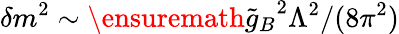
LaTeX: \delta m^{2}\sim\ensuremath{\tilde{g}_{B}}^{2}\Lambda^{2}/(8\pi^{2})